Medical and sanitary report of the native army of Madras for the year
Year: 1875
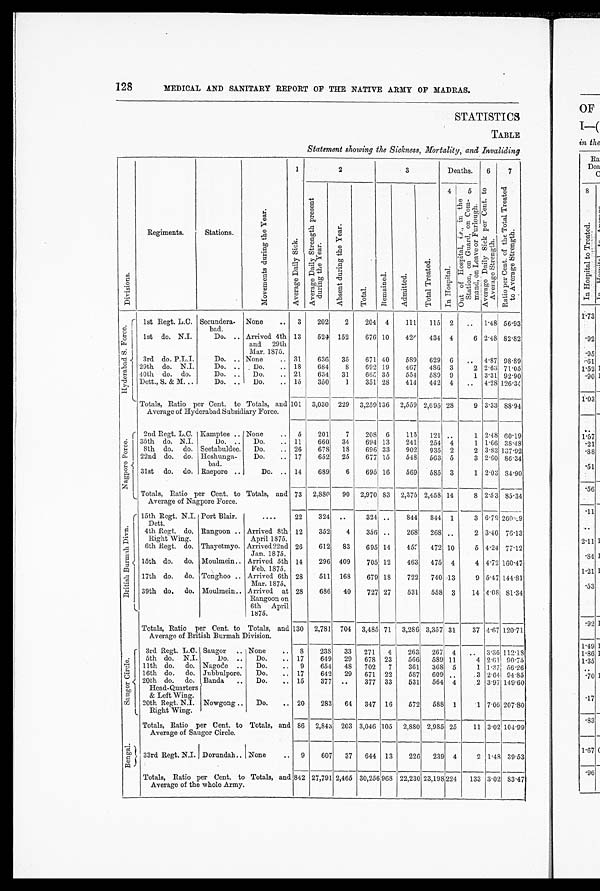
128
MEDICAL AND SANITARY REPORT OF THE NATIVE ARMY OF MADRAS.
S T A T I S T I C S
TABLE
Statement showing the Sickness, Mortality, and Invaliding
Di v i s i o n s .
Regiments.
Stations.
M o v e m e n t s d u r i n g t h e Y e a r .
1
2
3
Deaths. 6
7
A v e r a g e D a i l y S i c k .
A v e r a g e D a i l y S t r e n g t h P r e s e n t d u r i n g t h e Y e a r .
A b s e n t d u r i n g t h e Y e a r .
T o t a l
R e m a i n e d . A d m i t t e d
T o t a l T r e a t e d .
4 I n H o s p i t a l .
5 O u t o f H o s p i t a l , < i > i . e . < / i > , i n t h e S t a t i o n , o n G u a r d , o n C o m m a n d , o n L e a v e o r F u r l o u g h .
A v e r a g e D a i l y S i c k p e r C e n t . t o A v e r a g e S t r e n g t h .
R a t i o p e r C e n t . o f t h e T o t a l T r e a t e d t o A v e r a g e S t r e n g t h .
H y d e r a b a d S . F o r c e . 1st Regt. L.C. Secundera-
bad.
None
. . 3
202
2
204 4
111 115 2 .. 1.48 56.93
1st do. N.I.
Do. .. Arrived 4th
and 29th
Mar. 1875.
13
524 152
676 10
42
434 4
6 2.48 82.82
3rd do.P.L.I.
Do. .. None
... 31
636 35
671 40
589 629 6
. . 4.87 98.89
29t h do. N. I
Do. .. Do.
.. 18
684
8
692 19
467
4 8 6 3
2 2.63 71.05
4 0 t h d o . d o .
Do. . . Do.
. . 21
634 31
6 6 5 35
554 589 9
1 3.31 92.90
Dett., S. & M. ..
Do. .. Do.
. . 15
350
1
351 28
414 44 2 4
. . 4.28 126.36
Totals, Ratio per Cent. to Totals, and
Average of Hyderabad Subsidiary Force.
1 0 1 3,030 229 3,259 136 2,559 2,695 28
9 3.33 88.94
N a g p o r e F o r c e . 2nd Regt. L.C. Kamptee .. None
. . 5
201
7
208 6
115 121 ..
1 2.48 60.19
35th do. N.J.
Do. .. Do. . . 11
660 34
694 13
241 254 4
1 1.66 38.48
8th do. do. Seetabuldee. Do.
.. 26
6 7 8 18
696 33
902 935 2
2 3.83 137.92
22nd do. do. Hoshunga-
bad.
Do.
.. 17
652 25
677 15
548 563 5
3 2.60 86.34
31st do. do. Raepore ..
Do. .. 14
689
6
695 16
569 585 3
1 2.03 84.90
Totals, Ratio per Cent. to Totals, and
Average of Nagpore Force.
73 2,880 90 2,970 83 2,375 2,458 14
8 2.53 85.34
B r i t i s h B u r m a h D i v n
. 15th Regt. N.I.
Dett.
Port Blair.
. . . .
22
324
. .
324 ..
844
8 4 4 1
3 6.79 260. <i l l egi bl e>9
4th Regt. do.
Right Wing.
Rangoon .. Arrived 8th
April 1875.
12
352
4
356 . .
268 268 ..
2 3.40 76.13
6th Regt. do. Thayetmyo. Arrived 22nd
Jan. 1875.
26
612 83
695 14
4 5 < i l l e g i b l e > 472 10
5 4.24 77.12
15th do. do.
Moulmein.. Arrived 5th
Feb. 1875.
14
296 409
705 12
463 475 4
4 4.72 160.47
17th do. do. Tonghoo .. Arrived 6th
Mar. 1875,
28
511 168
679 18
722 740 13
9 5.47 144.81
39th do. do. Moulmein. . Arrived at
Rangoon on
6th April
1875.
28
686 40
727 27
531 558 3
14 4.08 81.34
Totals, Ratio per Cent. to Totals, and
Average of British Burmah Division.
130 2,781 704
_
3,485
_
71 3,286 3,357 31
_
37
4.67
120.71
S a u g o r C i r c l e . 3rd Regt. L.C. Saugor .. None
.. 8
238 33 271 4
263 267 4
.. 3.36 112.18
5th do. N.J.
Do. . .
Do.
.. 17
649 29 678 23
566 589 11
4 2.61 90'75
11th do. do. Nagodo ..
Do.
_ 9
654 48 702
7
361 368 5
1 l.37 56.26
16th do. do. Jubbulpore.
Do. ..
1 7
642 29 671 22
587 609 . .
.3 2.64 94.85
20thdo.do.
Head-Quarters
& Left Wing.
Banda .. Do.
- 15
377 ..
377 33
531 564 4
2 3.97 149.60
20th Regt. N.I.
Right Wing.
Nowgong...
Do.
.. 20
283 64 347 16
572 588 1
1 7.06 207.80
Totals, Ratio per Cent. to Totals, and
Average of Saugor Circle.
8 6 2,843 203 3,046 105 2,880 2,985 25
11 3.02 104.99
B e n g a l .
33rd Regt. N.I. Dorundah.. None
.. 9
607 37 644 13
226 239 4
2 1.48 39.53
Totals, Ratio per Cent. to Totals, and
Average of the whole Army.
842 27,791 2,465
3 0 , 2 5 6
968
22,230
2 3 , 1 9 8
224
133 3.02 83.47